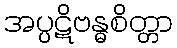
အပ္ပဋိဗန္ဓစိတ္တာ